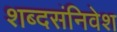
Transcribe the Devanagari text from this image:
शब्दसंनिवेश